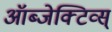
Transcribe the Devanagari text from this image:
ऑब्जेक्टिव्स्